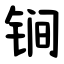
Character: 锏